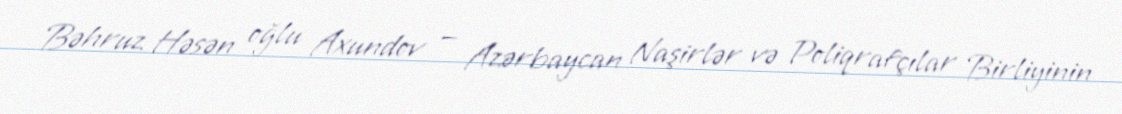
Bəhruz Həsən oğlu Axundov — Azərbaycan Naşirlər və Poliqrafçılar Birliyinin